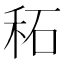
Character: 䄷